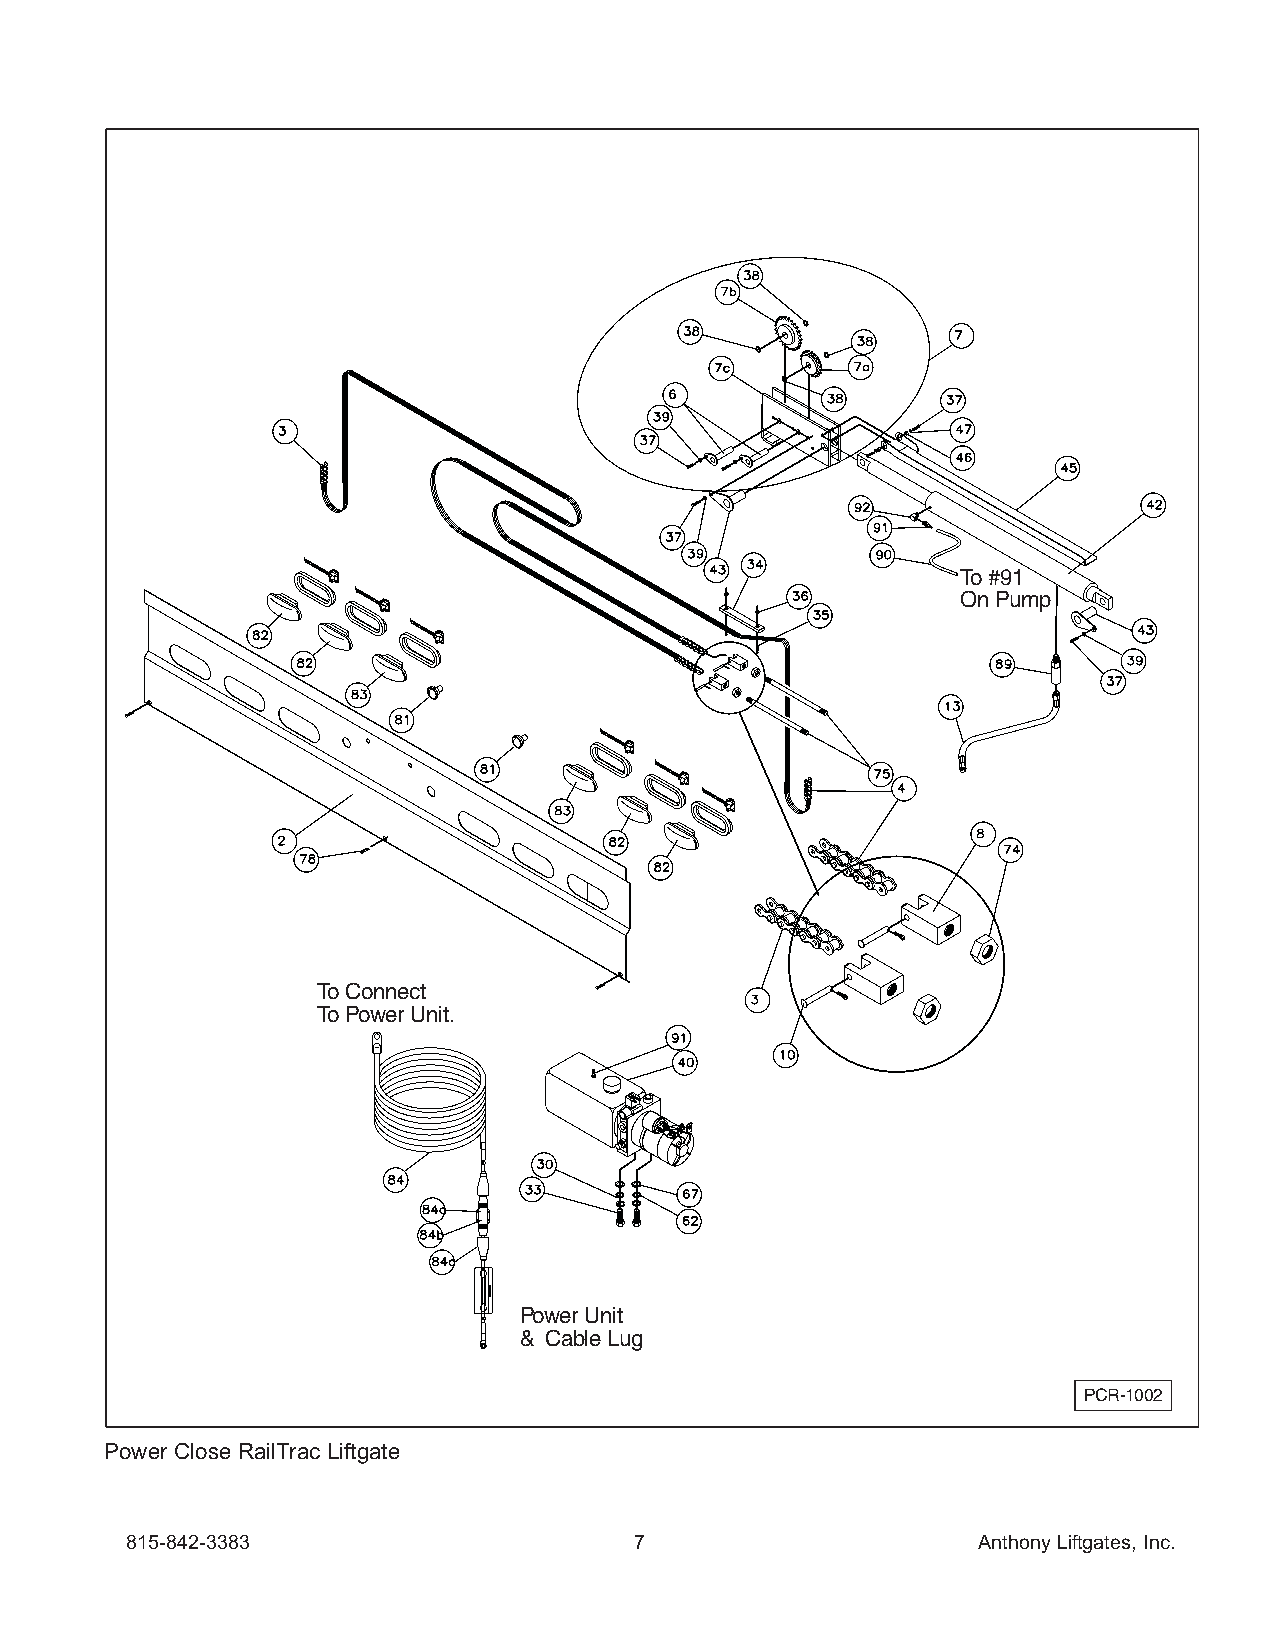
To #91
 On Pump
 To Connect
 To Power Unit.
 Power Unit
 & Cable Lug
 PCR-1002
 Power Close RailTrac Liftgate
 815-842-3383                      7                      Anthony Liftgates, Inc.